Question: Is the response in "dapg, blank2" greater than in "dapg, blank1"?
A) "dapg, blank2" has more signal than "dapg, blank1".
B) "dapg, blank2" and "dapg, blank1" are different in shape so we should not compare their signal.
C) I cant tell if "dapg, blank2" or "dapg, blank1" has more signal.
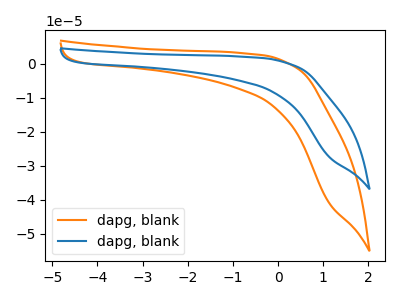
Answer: <think>The orange curve "dapg, blank1" has no peaks. The blue curve "dapg, blank2" has no peaks.
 Neither "dapg, blank2" or "dapg, blank1" have any peaks.</think>
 <answer>C) I cant tell if "dapg, blank2" or "dapg, blank1" has more signal.</answer>
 <eval>C</eval>